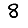
Digit: 8